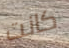
كانت